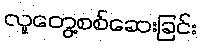
လူတွေ့စစ်ဆေးခြင်း